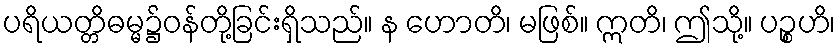
ပရိယတ္တိဓမ္မ၌ဝန်တို့ခြင်းရှိသည်။ န ဟောတိ၊ မဖြစ်။ ဣတိ၊ ဤသို့။ ပဉ္စဟိ၊